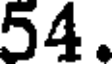
54.